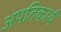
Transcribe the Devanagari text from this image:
अपतिकार्य